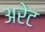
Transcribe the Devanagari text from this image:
अरेट